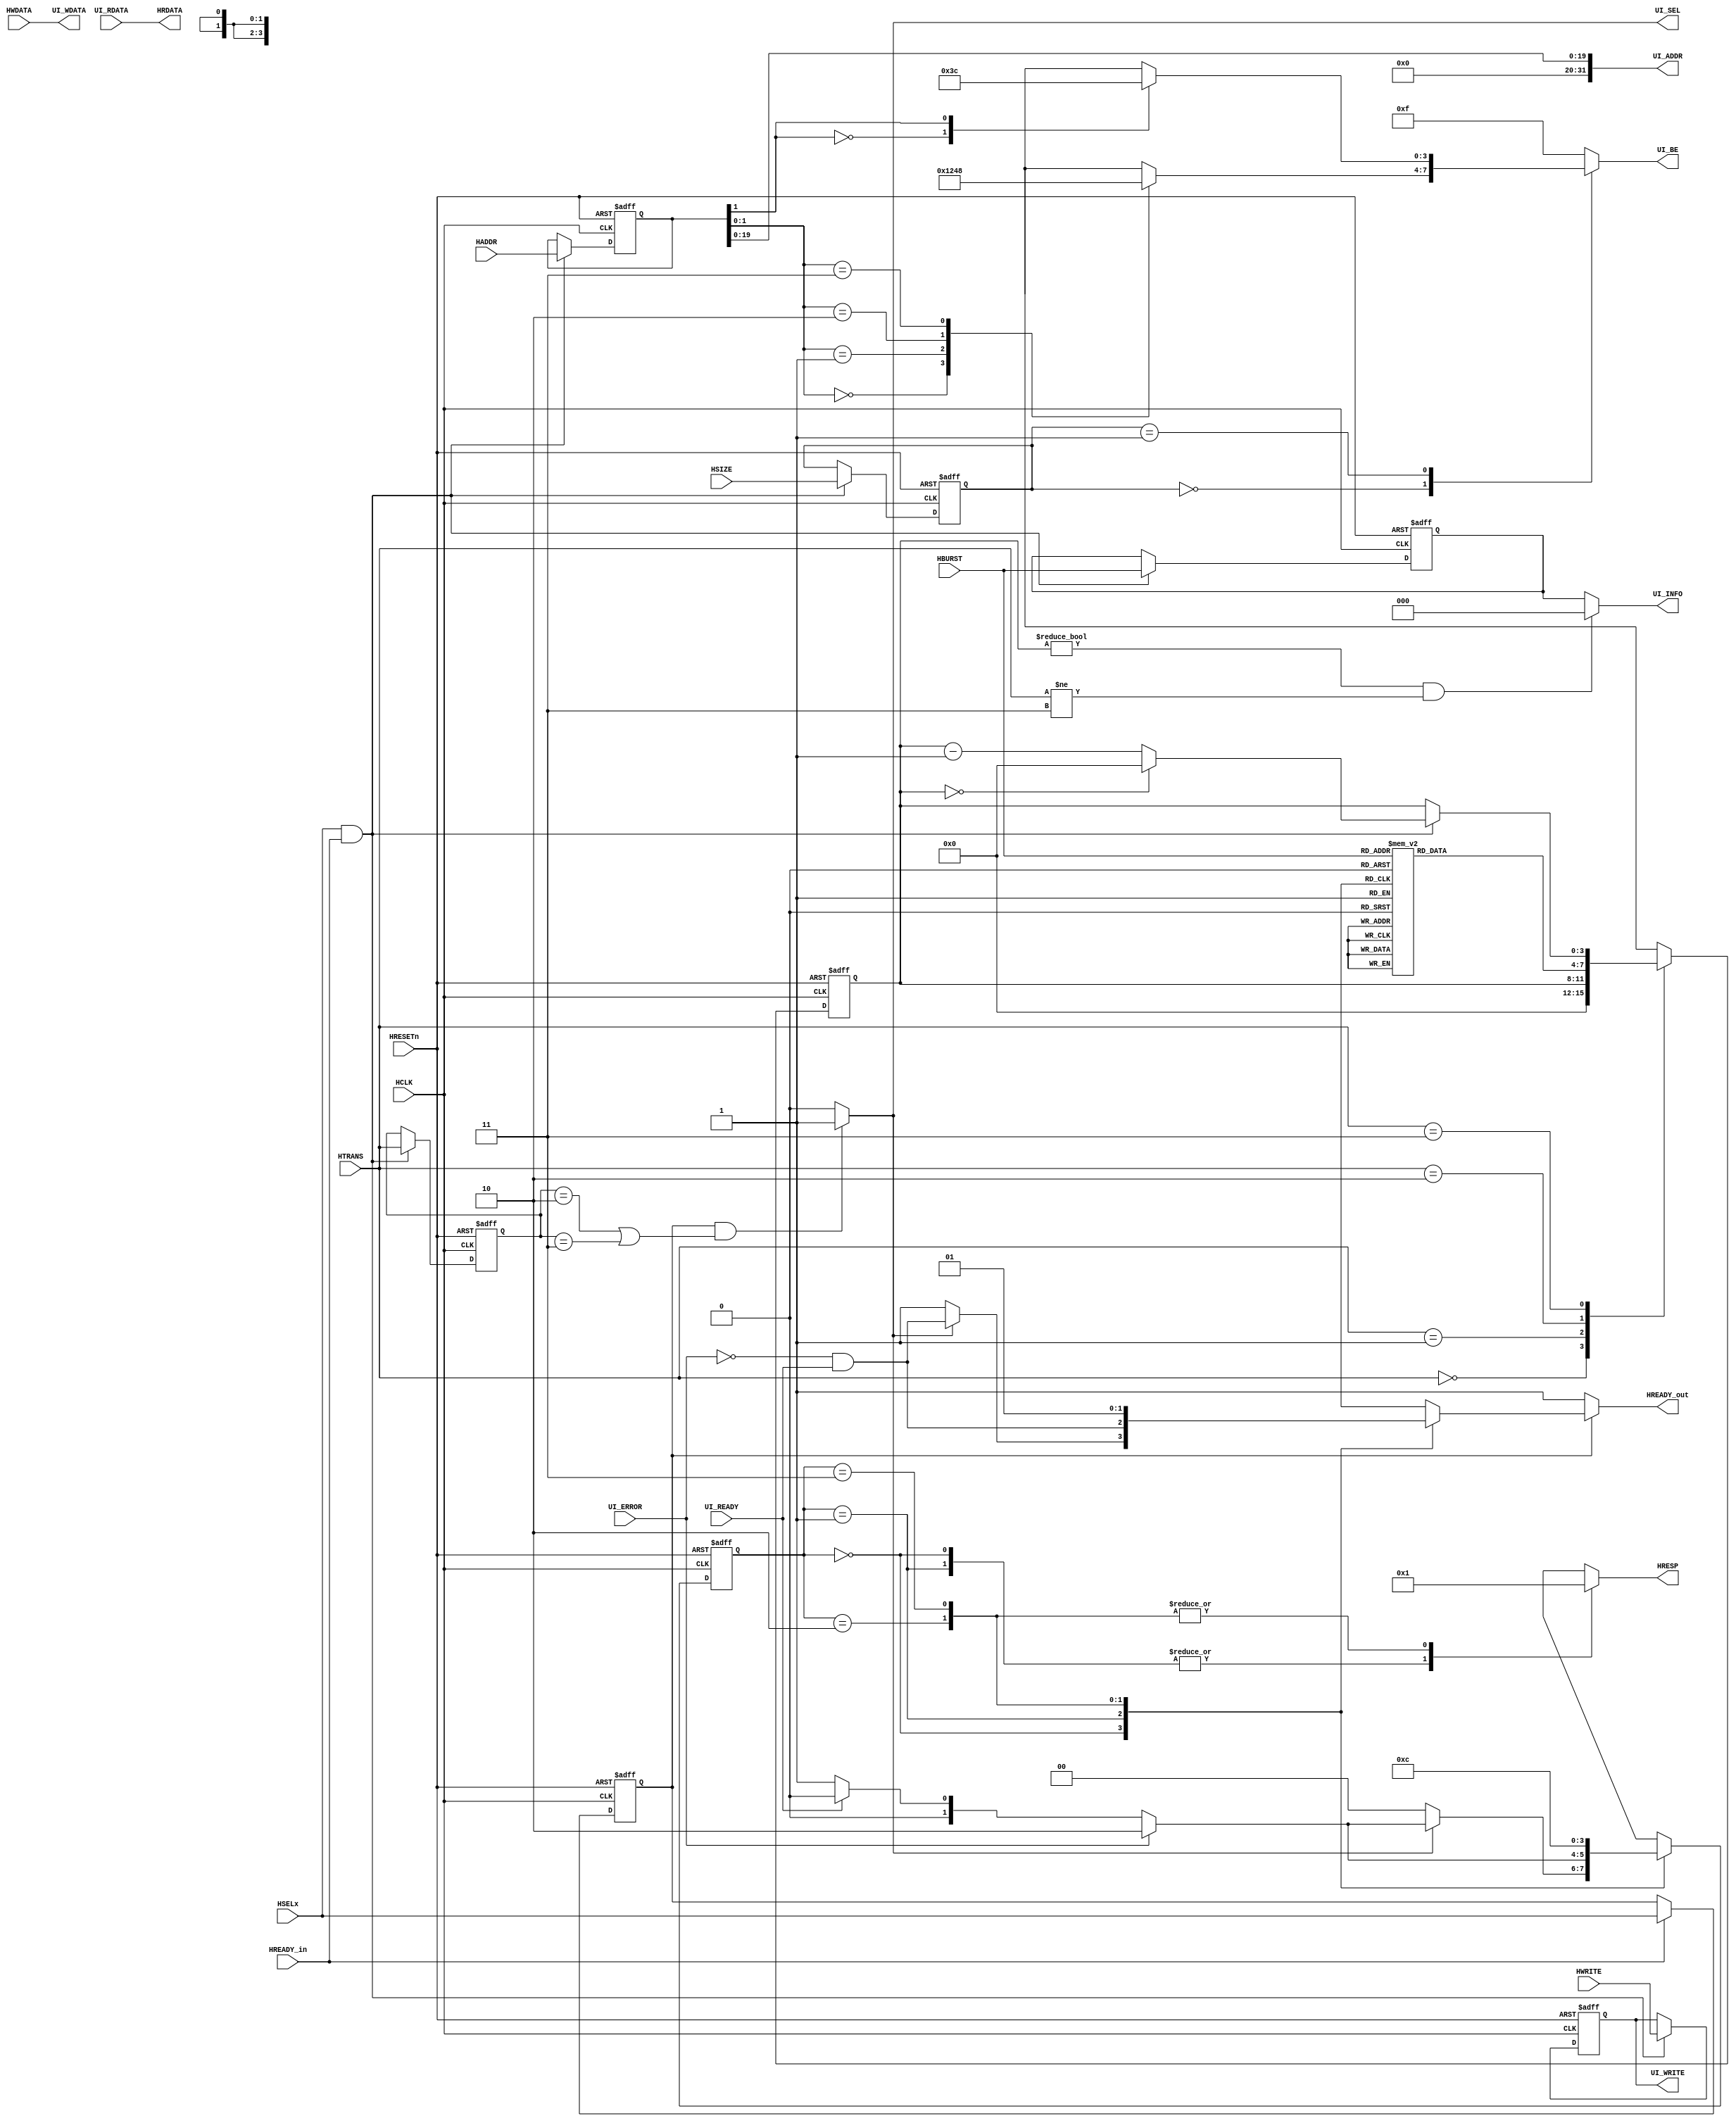
//+FHDR----------------------------------------------------------------
// (C) Copyright CASLab.EE.NCKU
// All Right Reserved
//---------------------------------------------------------------------
// CONTACT INFORMATION: ccwang@mail.ee.ncku.edu.tw
//---------------------------------------------------------------------
// RELEASE VERSION: 2.1.0
// VERSION DESCRIPTION: First Edition no errata
//---------------------------------------------------------------------
// RELEASE: 2010/3/2 PM. 10:09:20
//-FHDR----------------------------------------------------------------
 
// synopsys translate_off
//`include "timescale.v"
//`include "define.v"
// synopsys translate_on
`define TRN_IDLE   2'b00
  `define TRN_BUSY   2'b01
  `define TRN_NONSEQ 2'b10
  `define TRN_SEQ    2'b11
 
// HRESP transfer response signal encoding
  `define RSP_OKAY  2'b00
  `define RSP_ERROR 2'b01
  `define RSP_RETRY 2'b10
  `define RSP_SPLIT 2'b11
  
  // HBURST transfer type signal encoding
  `define BUR_SINGLE 3'b000
  `define BUR_INCR   3'b001
  `define BUR_WRAP4  3'b010
  `define BUR_INCR4  3'b011
  `define BUR_WRAP8  3'b100
  `define BUR_INCR8  3'b101
  `define BUR_WRAP16 3'b110
  `define BUR_INCR16 3'b111
  
  // HSIZE transfer type signal encoding
  `define SZ_BYTE    3'b000
  `define SZ_HALF    3'b001
  `define SZ_WORD    3'b010

 module  SlaveWrapper(
        //-------------------------------------------------------------
        //  AHB Bus Interface - Input Signals
        //-------------------------------------------------------------
        HSELx,          //Select
        HADDR,          //Address
        HWRITE,         //Control
        HTRANS,         //Control
        HSIZE,          //Control
        HBURST,         //Control
        HREADY_in,      //Control
        HWDATA,         //Data
        HRESETn,        //Reset
        HCLK,           //Clock
        //HMASTER,      //Split-capable slave only (option)
        //HMASTLOCK,    //Split-capable slave only (option)
        //-------------------------------------------------------------
        //  AHB Bus Interface - Output Signals
        //-------------------------------------------------------------
        HREADY_out,     //Transfer response
        HRESP,          //Transfer response
        HRDATA,         //Data
        //HSPLITx,      //Split-capable slave only (option)
        //-------------------------------------------------------------
        //  User Interface - Output Signals
        //-------------------------------------------------------------
        UI_SEL,         //Select
        UI_ADDR,        //Address
        UI_WRITE,       //Control
        UI_BE,          //Control (Byte Enable)
        UI_INFO,        //Control {HBURST[2:0]}
        UI_WDATA,       //Data
        //-------------------------------------------------------------
        //  User Interface - Input Signals
        //-------------------------------------------------------------
        UI_READY,       //Transfer response
        UI_ERROR,       //Transfer response
        UI_RDATA        //Data
        );

    //-----------------------------------------------------------------
    //  AHB Bus Interface - Input Signals
    //-----------------------------------------------------------------
    input           HSELx;      //Select
    input   [31:0]  HADDR;      //Address
    input           HWRITE;     //Control
    input   [1:0]   HTRANS;     //Control
    input   [2:0]   HSIZE;      //Control
    input   [2:0]   HBURST;     //Control
    input           HREADY_in;  //Control
    input   [31:0]  HWDATA;     //Data
    input           HRESETn;    //Reset
    input           HCLK;       //Clock
    //input [3:0]   HMASTER;    //Split-capable slave only (option)
    //input         HMASTLOCK;  //Split-capable slave only (option)

    //-----------------------------------------------------------------
    //  AHB Bus Interface - Output Signals
    //-----------------------------------------------------------------
    output          HREADY_out; //Transfer response
    output  [1:0]   HRESP;      //Transfer response
    output  [31:0]  HRDATA;     //Data
    //output[15:0]  HSPLITx;    //Split-capable slave only (option)

    //-----------------------------------------------------------------
    //  User Interface - Output Signals
    //-----------------------------------------------------------------
    output          UI_SEL;     //Select
    output  [31:0]  UI_ADDR;    //Address
    output          UI_WRITE;   //Control
    output  [3:0]   UI_BE;      //Control (Byte Enable)
    output  [2:0]   UI_INFO;    //Control {HBURST[2:0]}
    output  [31:0]  UI_WDATA;   //Data

    //-----------------------------------------------------------------
    //  User Interface - Input Signals
    //-----------------------------------------------------------------
    input           UI_READY;   //Transfer response
    input           UI_ERROR;   //Transfer response
    input   [31:0]  UI_RDATA;   //Data

//------------------------------------------------------------------------------
// Constant declarations
//------------------------------------------------------------------------------

    // State encoding
    parameter       ST_NORMAL = 2'b00;
    parameter       ST_WAIT   = 2'b01;
    parameter       ST_ERROR1 = 2'b10;
    parameter       ST_ERROR2 = 2'b11;

    // HTRANS transfer type signal encoding (define.v)
    //      `define TRN_IDLE   2'b00
    //      `define TRN_BUSY   2'b01
    //      `define TRN_NONSEQ 2'b10
    //      `define TRN_SEQ    2'b11

    // HSIZE transfer type signal encoding (define.v)
    //      `define SZ_BYTE 3'b000
    //      `define SZ_HALF 3'b001
    //      `define SZ_WORD 3'b010

    // HRESP transfer response signal encoding (define.v)
    //      `define RSP_OKAY  2'b00
    //      `define RSP_ERROR 2'b01
    //      `define RSP_RETRY 2'b10
    //      `define RSP_SPLIT 2'b11


//------------------------------------------------------------------------------
// Signal declarations
//------------------------------------------------------------------------------

    //wire            valid;
    wire            valid_reg;
    wire            ac_enable;      // Address & Contorl Register Enable

    reg     [31:0]  next_addr;
    reg     [1:0]   next_trans;
    reg             next_write;
    reg     [2:0]   next_size;
    reg     [2:0]   next_burst;

    reg             HSEL_reg;
    reg     [31:0]  HADDR_reg;
    reg     [1:0]   HTRANS_reg;
    reg             HWRITE_reg;
    reg     [2:0]   HSIZE_reg;
    reg     [2:0]   HBURST_reg;

    reg     [3:0]   byte_enable;

    reg     [1:0]   current_state;
    reg     [1:0]   next_state;

    reg     [3:0]   cur_count;
    reg     [3:0]   nxt_count;
    
    reg     [1:0]   iHRESP;
    reg             iHREADY_out;

    wire            EBT; //Early Burst Termination

//==============================================================================
// Beginning of main code
//==============================================================================

//------------------------------------------------------------------------------
// Valid transfer detection
//------------------------------------------------------------------------------
// The slave must only respond to a valid transfer, so this must be detected.

    always@(posedge HCLK or negedge HRESETn)
    begin

        if (!HRESETn)
            HSEL_reg <= 1'b0;
        else
            begin
            if (HREADY_in)
                HSEL_reg <= HSELx;
            end

    end

// Valid AHB transfers only take place when a non-sequential or sequential
//  transfer is shown on HTRANS - an idle or busy transfer should be ignored.

    // Module was selected with valid transfer
    assign  valid_reg = ( (HSEL_reg == 1'b1) &&
                         ( (HTRANS_reg == `TRN_NONSEQ) ||
                           (HTRANS_reg == `TRN_SEQ)
                          )
                        ) ? 1'b1 : 1'b0;

//------------------------------------------------------------------------------
// Address and control registers
//------------------------------------------------------------------------------
// Registers are used to store the address and control signals from the address
//  phase for use in the data phase of the transfer.
// Only enabled when the HREADYin input is HIGH and the module is addressed.

    // Address & Contorl Register Enable
    assign ac_enable = HSELx & HREADY_in;


    // next contorl wire
    always@(ac_enable or HADDR or HTRANS or HWRITE or HSIZE or HBURST or
            HADDR_reg or HTRANS_reg or HWRITE_reg or HSIZE_reg or HBURST_reg)
    begin

        if(ac_enable)
            begin
            next_addr  = HADDR;
            next_trans = HTRANS;
            next_write = HWRITE;
            next_size  = HSIZE;
            next_burst = HBURST;
            end
        else
            begin
            next_addr  = HADDR_reg;
            next_trans = HTRANS_reg;
            next_write = HWRITE_reg;
            next_size  = HSIZE_reg;
            next_burst = HBURST_reg;
            end
    end



    // control registers
    always@(posedge HCLK or negedge HRESETn)
    begin
        if (!HRESETn)
            begin
            HADDR_reg  <= 32'h0000_0000;
            HTRANS_reg <= 2'b00;
            HWRITE_reg <= 1'b0;
            HSIZE_reg  <= 3'b000;
            HBURST_reg <= 3'b000;
            end
        else
            begin
            HADDR_reg  <= next_addr;
            HTRANS_reg <= next_trans;
            HWRITE_reg <= next_write;
            HSIZE_reg  <= next_size;
            HBURST_reg <= next_burst;
            end
    end

//------------------------------------------------------------------------------
// Write data byte enable generation
//------------------------------------------------------------------------------
// NOTE - this module is little endian, and must be modified for a big endian
//        system.

    always @(HSIZE_reg or HADDR_reg)
    begin
        //mask = 32'hFFFF_FFFF;
        case (HSIZE_reg)

            `SZ_BYTE :                   // Byte Access
                case (HADDR_reg[1:0])
                    2'b00 : byte_enable = 4'b0001;
                    2'b01 : byte_enable = 4'b0010;
                    2'b10 : byte_enable = 4'b0100;
                    2'b11 : byte_enable = 4'b1000;
                    default  : ;
                endcase

            `SZ_HALF :                   // Halfword Access
                case (HADDR_reg[1])
                    1'b0 : byte_enable = 4'b0011;
                    1'b1 : byte_enable = 4'b1100;
                    default  : ;
                endcase

            default  :                   // Word Access
                byte_enable = 4'b1111;

        endcase
    end


//------------------------------------------------------------------------------
// FSM
//------------------------------------------------------------------------------
// This SlaveWrapper don't have SPLIT/RETRY function.
// A two-cycle response is required for an error condition.

    // FSM next state logic
    always @(current_state or valid_reg or UI_READY or UI_ERROR)
    begin
        case (current_state)

            ST_NORMAL :
                if(valid_reg)
                    begin
                    if(UI_ERROR)
                        next_state = ST_ERROR1 ;
                    else if(~UI_READY)
                        next_state = ST_WAIT;
                    else
                        next_state = ST_NORMAL ;
                    end
                else
                    next_state = ST_NORMAL ;

            ST_WAIT :
                if(UI_ERROR)
                    next_state = ST_ERROR1 ;
                else if(~UI_READY)
                    next_state = ST_WAIT;
                else
                    next_state = ST_NORMAL ;

            // A two-cycle response is required for an error condition
            ST_ERROR1 :
                next_state = ST_ERROR2 ;

            ST_ERROR2 :
                next_state = ST_NORMAL ;

            default :
                next_state = ST_NORMAL ;

        endcase
    end

    // FSM current state
    always@(posedge HCLK or negedge HRESETn)
    begin
        if (!HRESETn)
            current_state <= ST_NORMAL;
        else
            current_state <= next_state;
    end

//------------------------------------------------------------------------------
// Burst Counter 
//------------------------------------------------------------------------------

    always@(posedge HCLK or negedge HRESETn)
    begin

        if(!HRESETn)
            cur_count <= 4'b0000;
        else
            cur_count <= nxt_count;
    end

    always@(HTRANS or HBURST or ac_enable or cur_count)
    begin

        case(HTRANS)
            `TRN_IDLE   :   nxt_count = 4'b0000;
            `TRN_BUSY   :   nxt_count = cur_count;
            `TRN_NONSEQ :   begin
                            case(HBURST)
                                `BUR_INCR16 : nxt_count = 4'b1111;
                                `BUR_WRAP16 : nxt_count = 4'b1111;
                                `BUR_INCR8  : nxt_count = 4'b0111;
                                `BUR_WRAP8  : nxt_count = 4'b0111;
                                `BUR_INCR4  : nxt_count = 4'b0011;
                                `BUR_WRAP4  : nxt_count = 4'b0011;
                                `BUR_INCR   : nxt_count = 4'b0000;
                                `BUR_SINGLE : nxt_count = 4'b0000 ;
                            endcase                            
                            end
            `TRN_SEQ    :   begin
                            if(ac_enable)
                                nxt_count = (cur_count == 4'b0000) ? 4'b0000 : cur_count - 4'b0001 ;               
                            else
                                nxt_count = cur_count;
                            end     
        endcase
        
    end
                
    assign  EBT = (cur_count!=4'b0000) & (HTRANS!=`TRN_SEQ) ;

//------------------------------------------------------------------------------
// Output drivers
//------------------------------------------------------------------------------

    //iHRESP
    always @(current_state)
    begin

        case (current_state)
            ST_NORMAL :     iHRESP = `RSP_OKAY ;
            ST_WAIT   :     iHRESP = `RSP_OKAY ;
            ST_ERROR1 :     iHRESP = `RSP_ERROR ;
            ST_ERROR2 :     iHRESP = `RSP_ERROR ;
            default :       iHRESP = `RSP_OKAY ;
        endcase

    end


    //iHREADY_out
    always @(current_state or UI_ERROR or UI_READY or valid_reg)
    begin

        case (current_state)
            ST_NORMAL :     iHREADY_out = (valid_reg==1'b1)
                                             ? (~UI_ERROR)&(UI_READY)
                                             : 1'b1 ;
            ST_WAIT   :     iHREADY_out = (~UI_ERROR)&(UI_READY);
            ST_ERROR1 :     iHREADY_out = 1'b0 ;
            ST_ERROR2 :     iHREADY_out = 1'b1 ;
            default :       iHREADY_out = 1'b0 ;
        endcase

    end

    // Drive the output ports with the internal versions.
    assign  HREADY_out = (HSEL_reg==1'b1) ? iHREADY_out : 1'b1 ;
    assign  HRESP = iHRESP;

//------------------------------------------------------------------------------
//      User Interface
//------------------------------------------------------------------------------

    // Output Signals
    assign  UI_SEL = valid_reg;
    assign  UI_ADDR = {{12'h000},HADDR_reg[19:0]};
    assign  UI_WRITE = HWRITE_reg;
    assign  UI_BE = byte_enable;
    assign  UI_INFO = (EBT) ? `BUR_SINGLE : HBURST_reg ;
    assign  UI_WDATA = HWDATA;

    // Input Signals
    assign  HRDATA = UI_RDATA;


endmodule